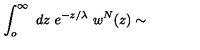
\int _ { o } ^ { \infty } \ d z \ e ^ { - z / \lambda } \ w ^ { N } ( z ) \sim